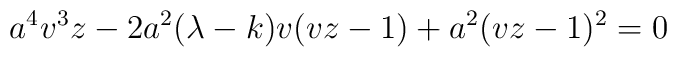
a^4 v^3 z -2a^2 (\lambda -k) v(vz-1) +a^2 (vz-1)^2 = 0